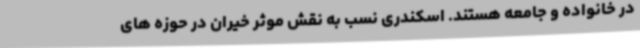
در خانواده و جامعه هستند. اسکندری نسب به نقش موثر خیران در حوزه های